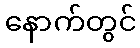
နောက်တွင်